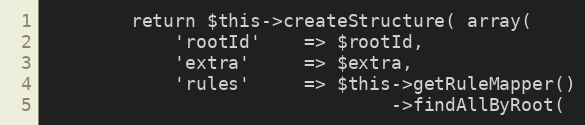
Language: PHP
        return $this->createStructure( array(
            'rootId'    => $rootId,
            'extra'     => $extra,
            'rules'     => $this->getRuleMapper()
                                ->findAllByRoot(